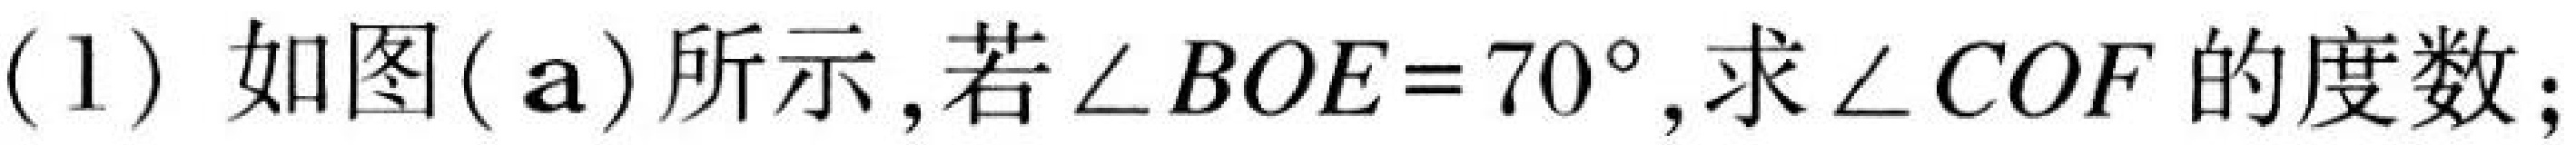
(1) 如图(\(a\))所示,若\(\angle BOE = 70^{\circ}\),求\(\angle COF\)的度数;